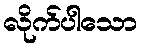
လိုက်ပါသော